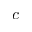
c